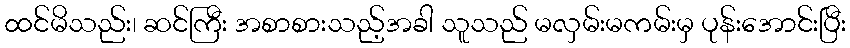
ထင်မိသည်း၊ ဆင်ကြီး အစာစားသည့်အခါ သူသည် မလှမ်းမကမ်းမှ ပုန်းအောင်းပြီး